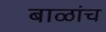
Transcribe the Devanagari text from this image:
बाळांच